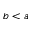
b < a